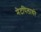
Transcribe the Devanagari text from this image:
मेटपिलावरे